Lunatic asylums Bombay report 1891-1903 - 1891-1903
Year: 1891
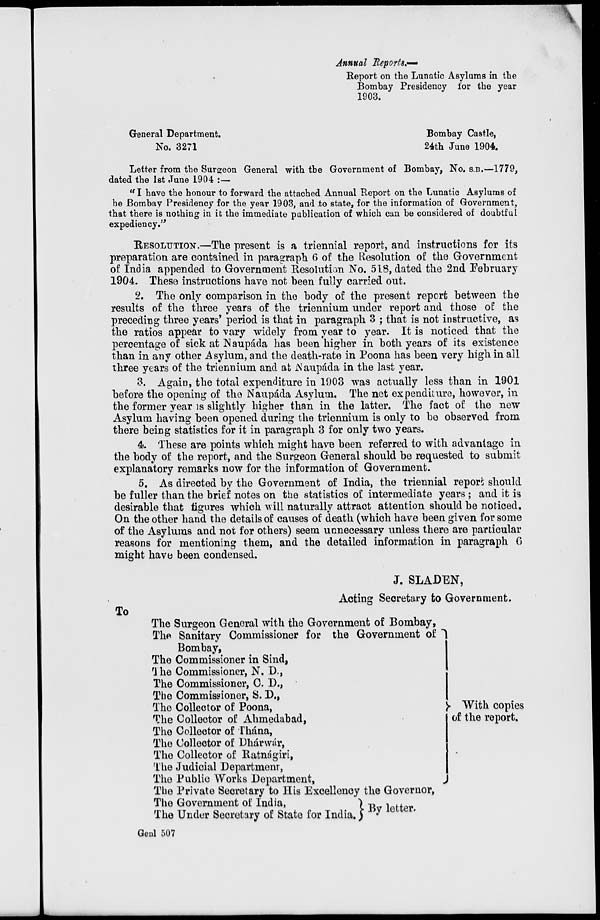
Annual Reports.-
Report on the Lunatic Asylums in the
Bombay Presidency for the year
1903.
General Department.
No. 3271
Bombay Castle,
24th June 1904.
Letter from the Surgeon General with the Government of Bombay, No. S.B.—1779,
dated the 1st June 1904 :—
"I have the honour to forward the attached Annual Report on the Lunatic Asylums of
he Bombay Presidency for the year 1903, and to state, for the information of Government,
that there is nothing in it the immediate publication of which can be considered of doubtful
expediency."
RESOLUTION.—The present is a triennial report, and. instructions for its
preparation are contained in paragraph 6 of the Resolution of the Government
of India appended to Government Resolution No. 518, dated the 2nd February
1904. These instructions have not been fully carried out.
2. The only comparison in the body of the present report between the
results of the three years of the triennium under report and those of the
preceding three years' period is that in paragraph 3 ; that is not instructive, as
the ratios appear to vary widely from year to year. It is noticed that the
percentage of sick at Naupáda has been higher in both years of its existence
than in any other Asylum, and the death-rate in Poona has been very high in all
three years of the triennium and at Naupáda in the last year.
3. Again, the total expenditure in 1903 was actually less than in 1901
before the opening of the Naupáda Asylum. The net expenditure, however, in
the former year is slightly higher than in the latter. The fact of the new
Asylum having been opened during the triennium is only to be observed from
there being statistics for it in paragraph 3 for only two years.
4. These are points which might have been referred to with advantage in
the body of the report, and the Surgeon General should be requested to submit
explanatory remarks now for the information of Government.
5. As directed by the Government of India, the triennial report should
be fuller than the brief notes on the statistics of intermediate years ; and it is
desirable that figures which will naturally attract attention should be noticed.
On the other hand the details of causes of death (which have been given for some
of the Asylums and not for others) seem unnecessary unless there are particular
reasons for mentioning them, and the detailed information in paragraph 6
might have been condensed.
J. SLADEN,
Acting: Secretary to Government.
To
The Surgeon General with the Government of Bombay,
The Sanitary Commissioner for the Government of
Bombay,
The Commissioner in Sind,
The Commissioner, N. D.,
The Commissioner, C. D.,
The Commissioner, S. D.,
The Collector of Poona,
The Collector of Ahmedabad,
The Collector of Thána,
The Collector of Dhárwár,
The Collector of Ratnágiri,
The Judicial Department,
The Public Works Department,
The Private Secretary to His Excellency the Governor,
The Government of India,
The Under Secretary of State for India.
With copies
of the report.
By letter.
Genl 507